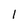
Character: 1